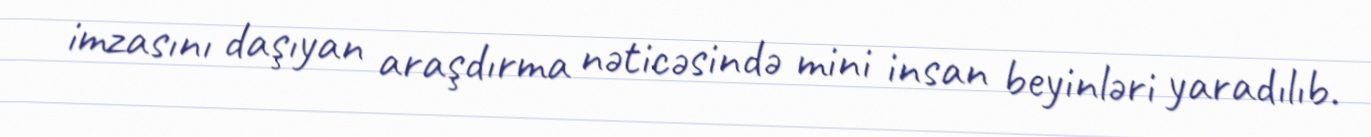
imzasını daşıyan araşdırma nəticəsində mini insan beyinləri yaradılıb.